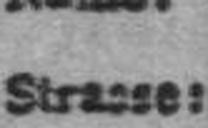
Strasse: